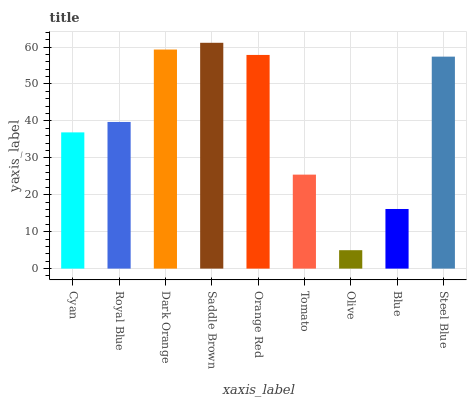
| xaxis_label | bars |
 | --- | --- |
 | Cyan | 36.9 |
 | Royal Blue | 39.7 |
 | Dark Orange | 59.3 |
 | Saddle Brown | 61.1 |
 | Orange Red | 57.9 |
 | Tomato | 25.4 |
 | Olive | 4.99 |
 | Blue | 16.1 |
 | Steel Blue | 57.4 |